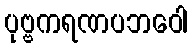
ပုဗ္ဗကရဏပဘဝေါ